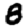
Digit: 8